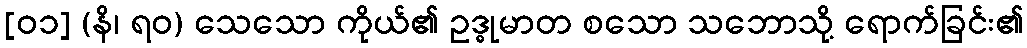
[၀၁] (နိ၊ ရဝ) သေသော ကိုယ်၏ ဥဒ္ဓုမာတ စသော သဘောသို့ ရောက်ခြင်း၏